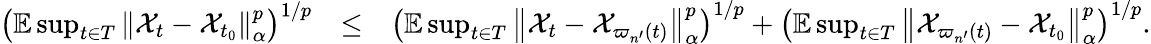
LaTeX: \begin{array}{rlr}{\left(\mathbb{E}\operatorname*{sup}_{t\in T}\left\Vert\mathcal{X}_{t}-\mathcal{X}_{t_{0}}\right\Vert_{\alpha}^{p}\right)^{1/p}}&{\leq}&{\left(\mathbb{E}\operatorname*{sup}_{t\in T}\left\Vert\mathcal{X}_{t}-\mathcal{X}_{\varpi_{n^{\prime}}(t)}\right\Vert_{\alpha}^{p}\right)^{1/p}+\left(\mathbb{E}\operatorname*{sup}_{t\in T}\left\Vert\mathcal{X}_{\varpi_{n^{\prime}}(t)}-\mathcal{X}_{t_{0}}\right\Vert_{\alpha}^{p}\right)^{1/p}.}\end{array}